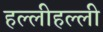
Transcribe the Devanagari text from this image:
हल्लीहल्ली